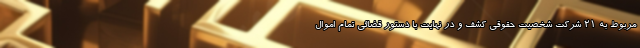
مربوط به 21 شرکت شخصیت حقوقی کشف و در نهایت با دستور قضائی تمام اموال